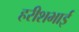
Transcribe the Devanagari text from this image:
हरीशभाई